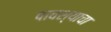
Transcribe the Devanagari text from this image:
पावश्याचा